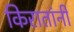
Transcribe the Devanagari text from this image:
किरातांनी